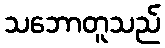
သဘောတူသည်